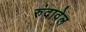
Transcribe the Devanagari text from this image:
रुंदावेल